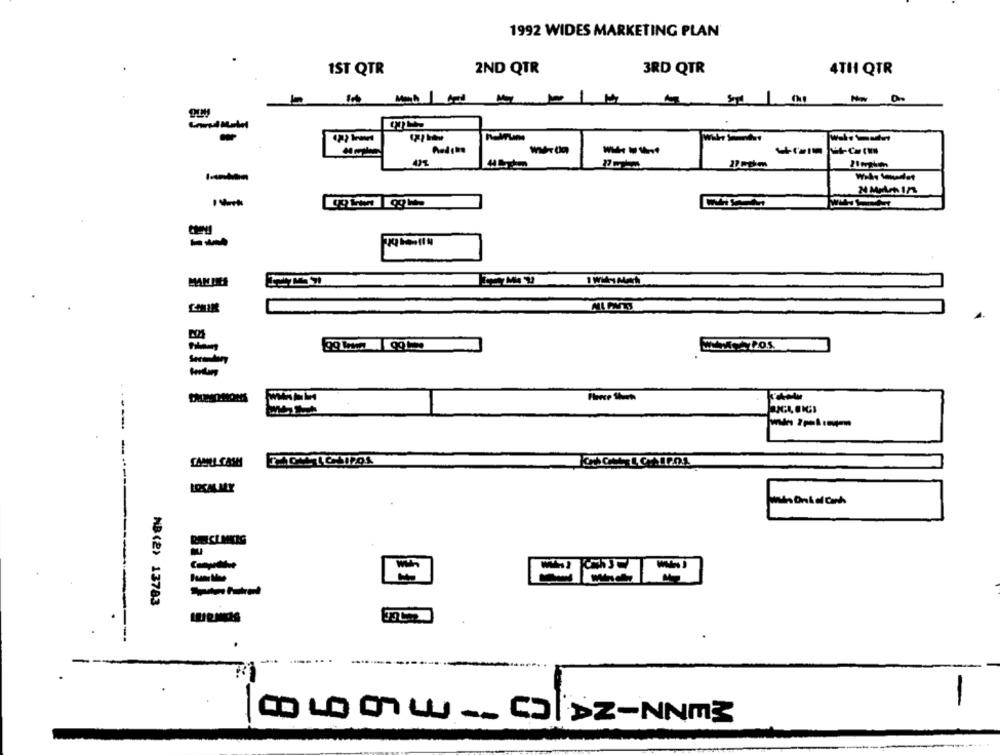
1992 WIDES MARKETING PLAN
1ST QTR
2ND QTR
3RD QTR
4TH QTR
200pm
--
MAMIIES
CAMIL CAMM
LOCALMY
NB(2) 13783
-
Q LO Ow- CODZ-NNm3